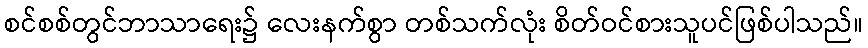
စင်စစ်တွင်ဘာသာရေး၌ လေးနက်စွာ တစ်သက်လုံး စိတ်ဝင်စားသူပင်ဖြစ်ပါသည်။